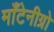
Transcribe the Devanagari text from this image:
माँटेनीग्रो